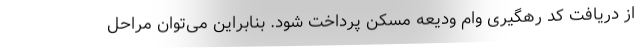
از دریافت کد رهگیری وام ودیعه مسکن پرداخت شود. بنابراین می‌توان مراحل